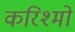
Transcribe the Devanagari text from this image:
करिश्मों